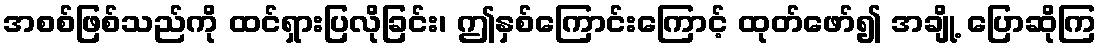
အစစ်ဖြစ်သည်ကို ထင်ရှားပြလိုခြင်း၊ ဤနှစ်ကြောင်းကြောင့် ထုတ်ဖော်၍ အချို့ ပြောဆိုကြ